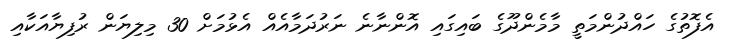
އެފޮތުގެ ހައްދުންމަތީ މާމެންދޫގެ ބައިގައި އޮންނާނެ ނަރުދަމާއެއް އެޅުމަށް 30 މިލިޔަން ރުފިޔާއަކާއި